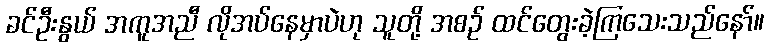
ခင်ဦးနွယ် အကူအညီ လိုအပ်နေမှာပဲဟု သူတို့ အစဉ် ထင်တွေးခဲ့ကြသေးသည်နော်။